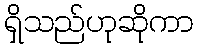
ရှိသည်ဟုဆိုကာ